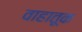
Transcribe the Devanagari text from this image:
वाहातूक